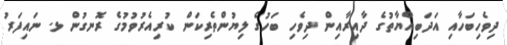
ދިވެހިބަހާއި އަދަބިއްޔާތުގެ ދާއިރާއިން ދިވެހި ބަހުގެ ލިޔުންތެރިކަން ކުރިއެރުވުމުގެ ރޮނގުން ޅ. ނައިފަރު